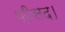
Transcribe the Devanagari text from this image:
फ़ीसद।